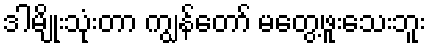
ဒါမျိုးသုံးတာ ကျွန်တော် မတွေ့ဖူးသေးဘူး